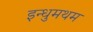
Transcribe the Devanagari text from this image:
इन्धुमथम